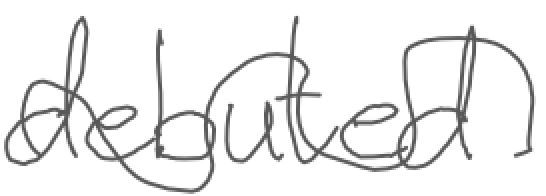
Text: debuted
Cross-out: wave
Writing tool: digital_gray